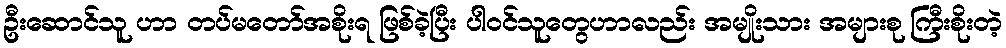
ဦးဆောင်သူ ဟာ တပ်မတော်အစိုးရ ဖြစ်ခဲ့ပြီး ပါဝင်သူတွေဟာလည်း အမျိုးသား အများစု ကြီးစိုးတဲ့